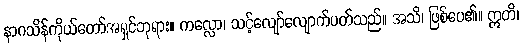
နာဂသိန်ကိုယ်တော်အရှင်ဘုရား။ ကလ္လော၊ သင့်လျော်လျောက်ပတ်သည်။ အသိ၊ ဖြစ်ပေ၏။ ဣတိ၊